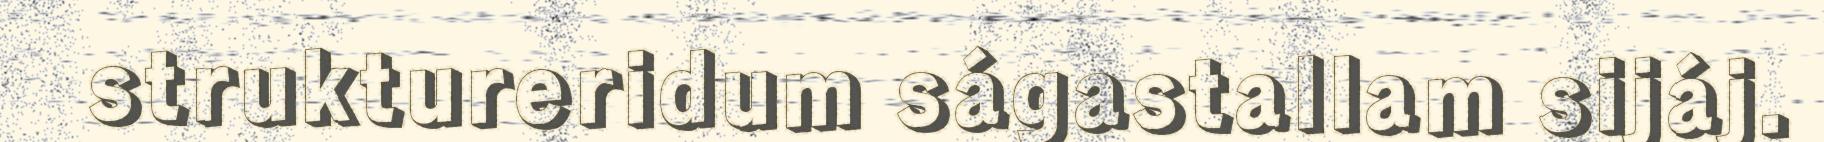
struktureridum ságastallam sijáj.